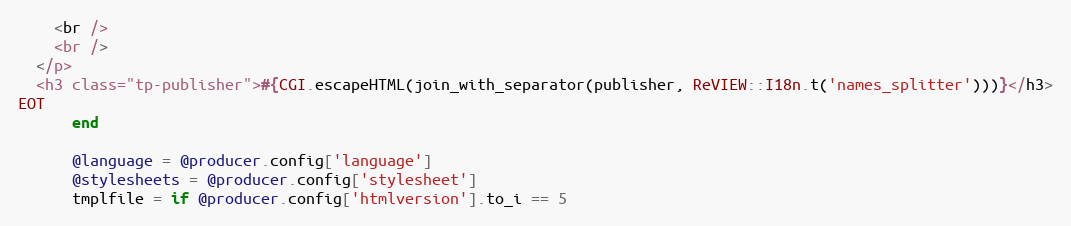
Language: Ruby
    <br />
    <br />
  </p>
  <h3 class="tp-publisher">#{CGI.escapeHTML(join_with_separator(publisher, ReVIEW::I18n.t('names_splitter')))}</h3>
EOT
      end

      @language = @producer.config['language']
      @stylesheets = @producer.config['stylesheet']
      tmplfile = if @producer.config['htmlversion'].to_i == 5